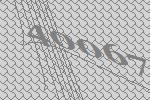
40067